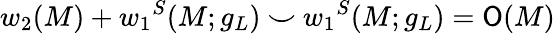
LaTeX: w_{2}(M)+{w_{1}}^{S}(M;g_{L})~{\smile}~{w_{1}}^{S}(M;g_{L})={\cal\mathsf{O}}(M)